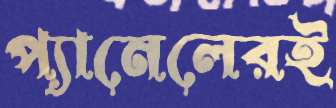
প্যানেলেরই